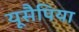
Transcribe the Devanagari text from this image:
यूसैपिया